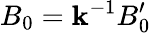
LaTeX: B_{0}=\mathbf{k}^{-1}B_{0}^{\prime}